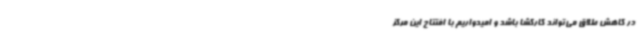
در کاهش طلاق می‌تواند کارگشا باشد و امیدواریم با افتتاح این مرکز